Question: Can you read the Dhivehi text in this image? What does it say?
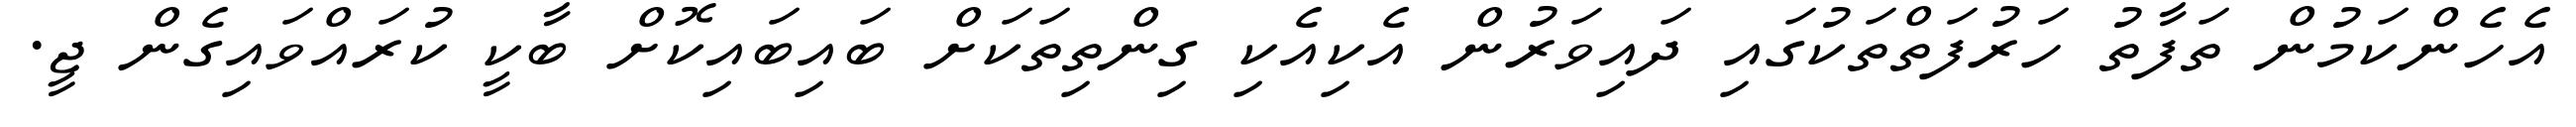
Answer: އެހެންކަމުން ތަފާތު ހަރުފަތްތަކުގައި ދައިވަރުން އެކިއެކި ގިންތިތަކަށް ބައިބައިކޮށް ބާކީ ކުރައްވައިގެން ޖީ.